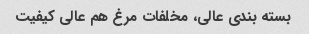
بسته بندی عالی، مخلفات مرغ هم عالی کیفیت